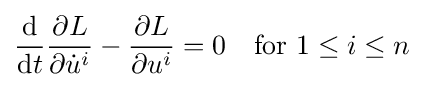
{\frac {\mathrm {d} }{\mathrm {d} t}}{\frac {\partial L}{\partial {\dot {u}}^{i}}}-{\frac {\partial L}{\partial u^{i}}}=0\quad {\text{for }}1\leq i\leq n